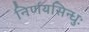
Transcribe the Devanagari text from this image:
निर्णयसिन्धुः